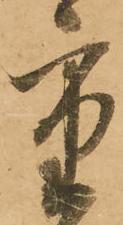
重